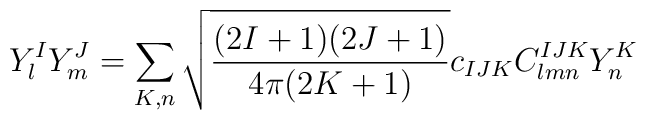
Y^I_lY^J_m = \sum_{K,n} \sqrt{\frac{(2I+1)(2J+1)}{4\pi(2K+1)}}  c_{IJK}C^{IJK}_{lmn}Y_n^K